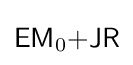
{\mathsf {EM}}_{0}{\mathsf {+JR}}